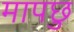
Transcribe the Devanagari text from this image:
मापछु